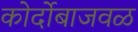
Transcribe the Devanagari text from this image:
कोर्दोबाजवळ